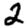
Digit: 2